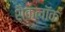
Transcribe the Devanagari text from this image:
शैकलॉक